Lunatic asylums in Bengal annual reports 1888-1898 - 1888-1898
Year: 1888
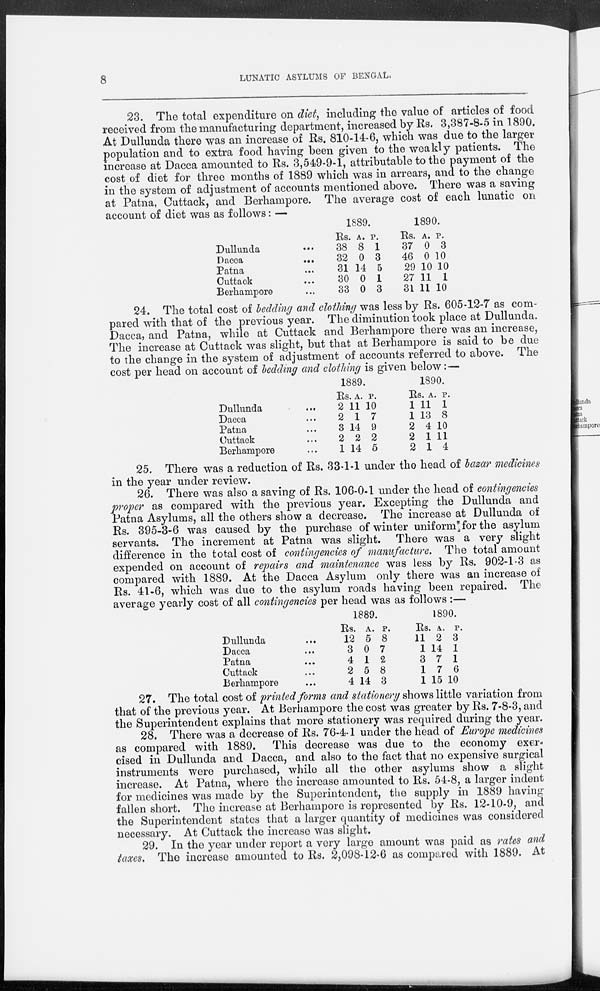
8
LUNATIC ASYLUMS OF BENGAL.
23. The total expenditure on diet, including the value of articles of food
received from the manufacturing department, increased by Rs. 3,387-8-5 in 1890.
At Dullunda there was an increase of Rs. 810-14-6, which was due to the larger
population and to extra food having been given to the weakly patients. The
increase at Dacca amounted to Rs. 3,549-9-1, attributable to the payment of the
cost of diet for three months of 1889 which was in arrears, and to the change
in the system of adjustment of accounts mentioned above. There was a saving
at Patna, Cuttack, and Berhampore. The average cost of each lunatic on
account of diet was as follows: —
Dullunda ...
Dacca
...
Patna ...
Cuttack ...
Berhampore...
1889.
Rs.
38
32
31
30
33
A.
8
0
14
0
0
P.
1
3
5
1
3
1890.
Rs.
37
46
29
27
31
A.
0
0
10
11
11
P.
3
10
10
1
10
24. The total cost of bedding and clothing was less by Rs. 605-12-7 as com-
pared with that of the previous year. The diminution took place at Dullunda.
Dacca, and Patna, while at Cuttack and Berhampore there was an increase.
The increase at Cuttack was slight, but that at Berhampore is said to be due
to the change in the system of adjustment of accounts referred to above. The
cost per head on account of bedding and clothing is given below:—
Dullunda ...
Dacca ...
Patna ...
Cuttack ...
Berhampore ...
1889.
Rs
2
2
3
2
1
A.
11
1
14
2
14
P.
10
7
9
2
5
1890.
Rs.
1
1
2
2
2
A.
11
13
4
1
1
P.
1
8
10
11
4
25. There was a reduction of Rs. 33-1-1 under the head of bazar medicines
in the year under review.
26. There was also a saving of Rs. 106-0-1 under the head of contingencies
proper as compared with the previous year. Excepting the Dullunda and
Patna Asylums, all the others show a decrease. The increase at Dullunda of
Rs. 395-3-6 was caused by the purchase of winter uniform for the asylum
servants. The increment at Patna was slight. There was a very slight
difference in the total cost of contingencies of manufacture. The total amount
expended on account of repairs and maintenance was less by Rs. 902-1-3 as
compared with 1889. At the Dacca Asylum only there was an increase of
Rs. 41-6, which was due to the asylum roads having been repaired. The
average yearly cost of all contingencies per head was as follows :—
Dullunda ...
Dacca ...
Patna ...
Cuttack ...
Berhampore ...
1889.
Rs.
12
3
4
2
4
A.
5
0
1
5
14
P.
8
7
2
8
3
1890.
Rs.
11
1
3
1
1
A.
2
14
7
7
15
P.
3
1
1
6
10
27. The total cost of printed forms and stationery shows little variation from
that of the previous year. At Berhampore the cost was greater by Rs. 7-8-3, and
the Superintendent explains that more stationery was required during the year.
28. There was a decrease of Rs. 76-4-1 under the head of Europe medicines
as compared with 1889. This decrease was due to the economy exer-
cised in Dullunda and Dacca, and also to the fact that no expensive surgical
instruments were purchased, while all the other asylums show a slight
increase. At Patna, where the increase amounted to Rs. 54-8, a larger indent
for medicines was made by the Superintendent, the supply in 1889 having
fallen short. The increase at Berhampore is represented by Rs. 12-10-9, and
the Superintendent states that a larger quantity of medicines was considered
necessary. At Cuttack the increase was slight.
29. In the year under report a very large amount was paid as rates and
taxes. The increase amounted to Rs. 2,098-12-6 as compared with 1889. At